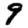
Digit: 9